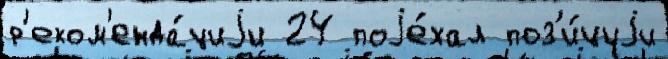
р'еком'енда́циjи 24 поjе́хал поз'и́циjи